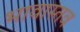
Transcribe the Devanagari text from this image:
भावास्तव